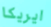
ايريكا